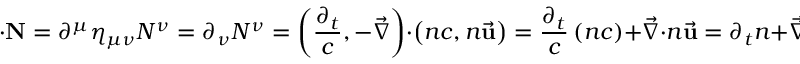
\mathbf { \partial } \cdot \mathbf { N } = \partial ^ { \mu } \eta _ { \mu \nu } N ^ { \nu } = \partial _ { \nu } N ^ { \nu } = \left( { \frac { \partial _ { t } } { c } } , - { \vec { \nabla } } \right) \cdot \left( n c , n { \vec { \mathbf { u } } } \right) = { \frac { \partial _ { t } } { c } } \left( n c \right) + { \vec { \nabla } } \cdot n { \vec { \mathbf { u } } } = \partial _ { t } n + { \vec { \nabla } } \cdot n { \vec { \mathbf { u } } } = 0